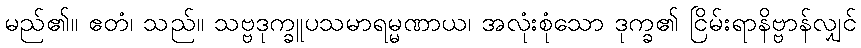
မည်၏။ ဧတံ၊ သည်။ သဗ္ဗဒုက္ခူပသမာရမ္မဏာယ၊ အလုံးစုံသော ဒုက္ခ၏ ငြိမ်းရာနိဗ္ဗာန်လျှင်